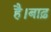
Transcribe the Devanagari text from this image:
है।बाढ़